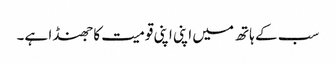
سب کے ہاتھ میں اپنی اپنی قومیت کا جھنڈا ہے۔